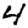
Digit: 4